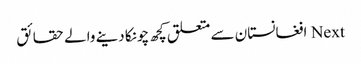
Next افغانستان سے متعلق کچھ چونکا دینے والے حقائق